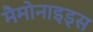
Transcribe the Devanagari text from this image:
मैमोनाइड्स